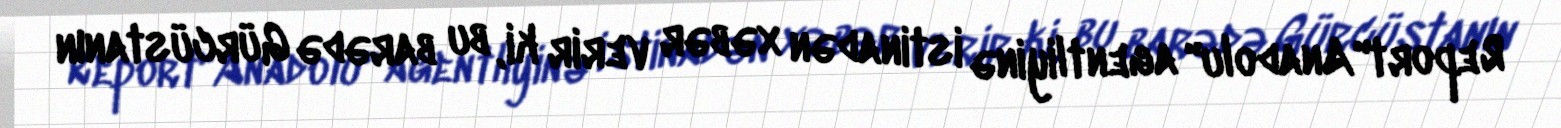
Report"Anadolu" agentliyinə istinadən xəbər verir ki, bu barədə Gürcüstanın